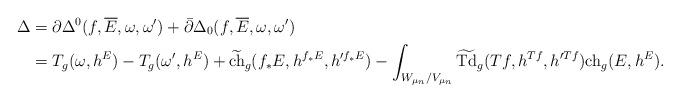
LaTeX: \begin{align*}\Delta&=\partial\Delta^0(f,\overline{E},\omega,\omega')+\bar\partial\Delta_0(f,\overline{E},\omega,\omega')\\&=T_g(\omega,h^E)-T_g(\omega',h^E)+ \widetilde{{\rm ch}}_g(f_*E,h^{f_*E},h'^{f_*E})- \int_{W_{\mu_n}/{V_{\mu_n}}}\widetilde{{\rm Td}}_g(Tf,h^{Tf},h'^{Tf}){\rm ch}_g(E,h^E).\end{align*}